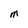
Character: M